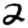
Digit: 2